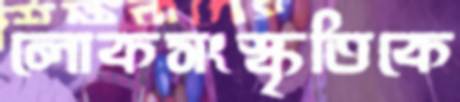
লোকসংস্কৃতিকে